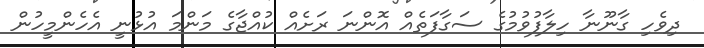
ދިވެހި ގާނޫނާ ހިލާފުވުމުގެ ސަގާފަތެއް އޮންނަ ރަށެއް ކުއްޖާގެ މަންމަ އުޅުނީ އެހެންމީހުން